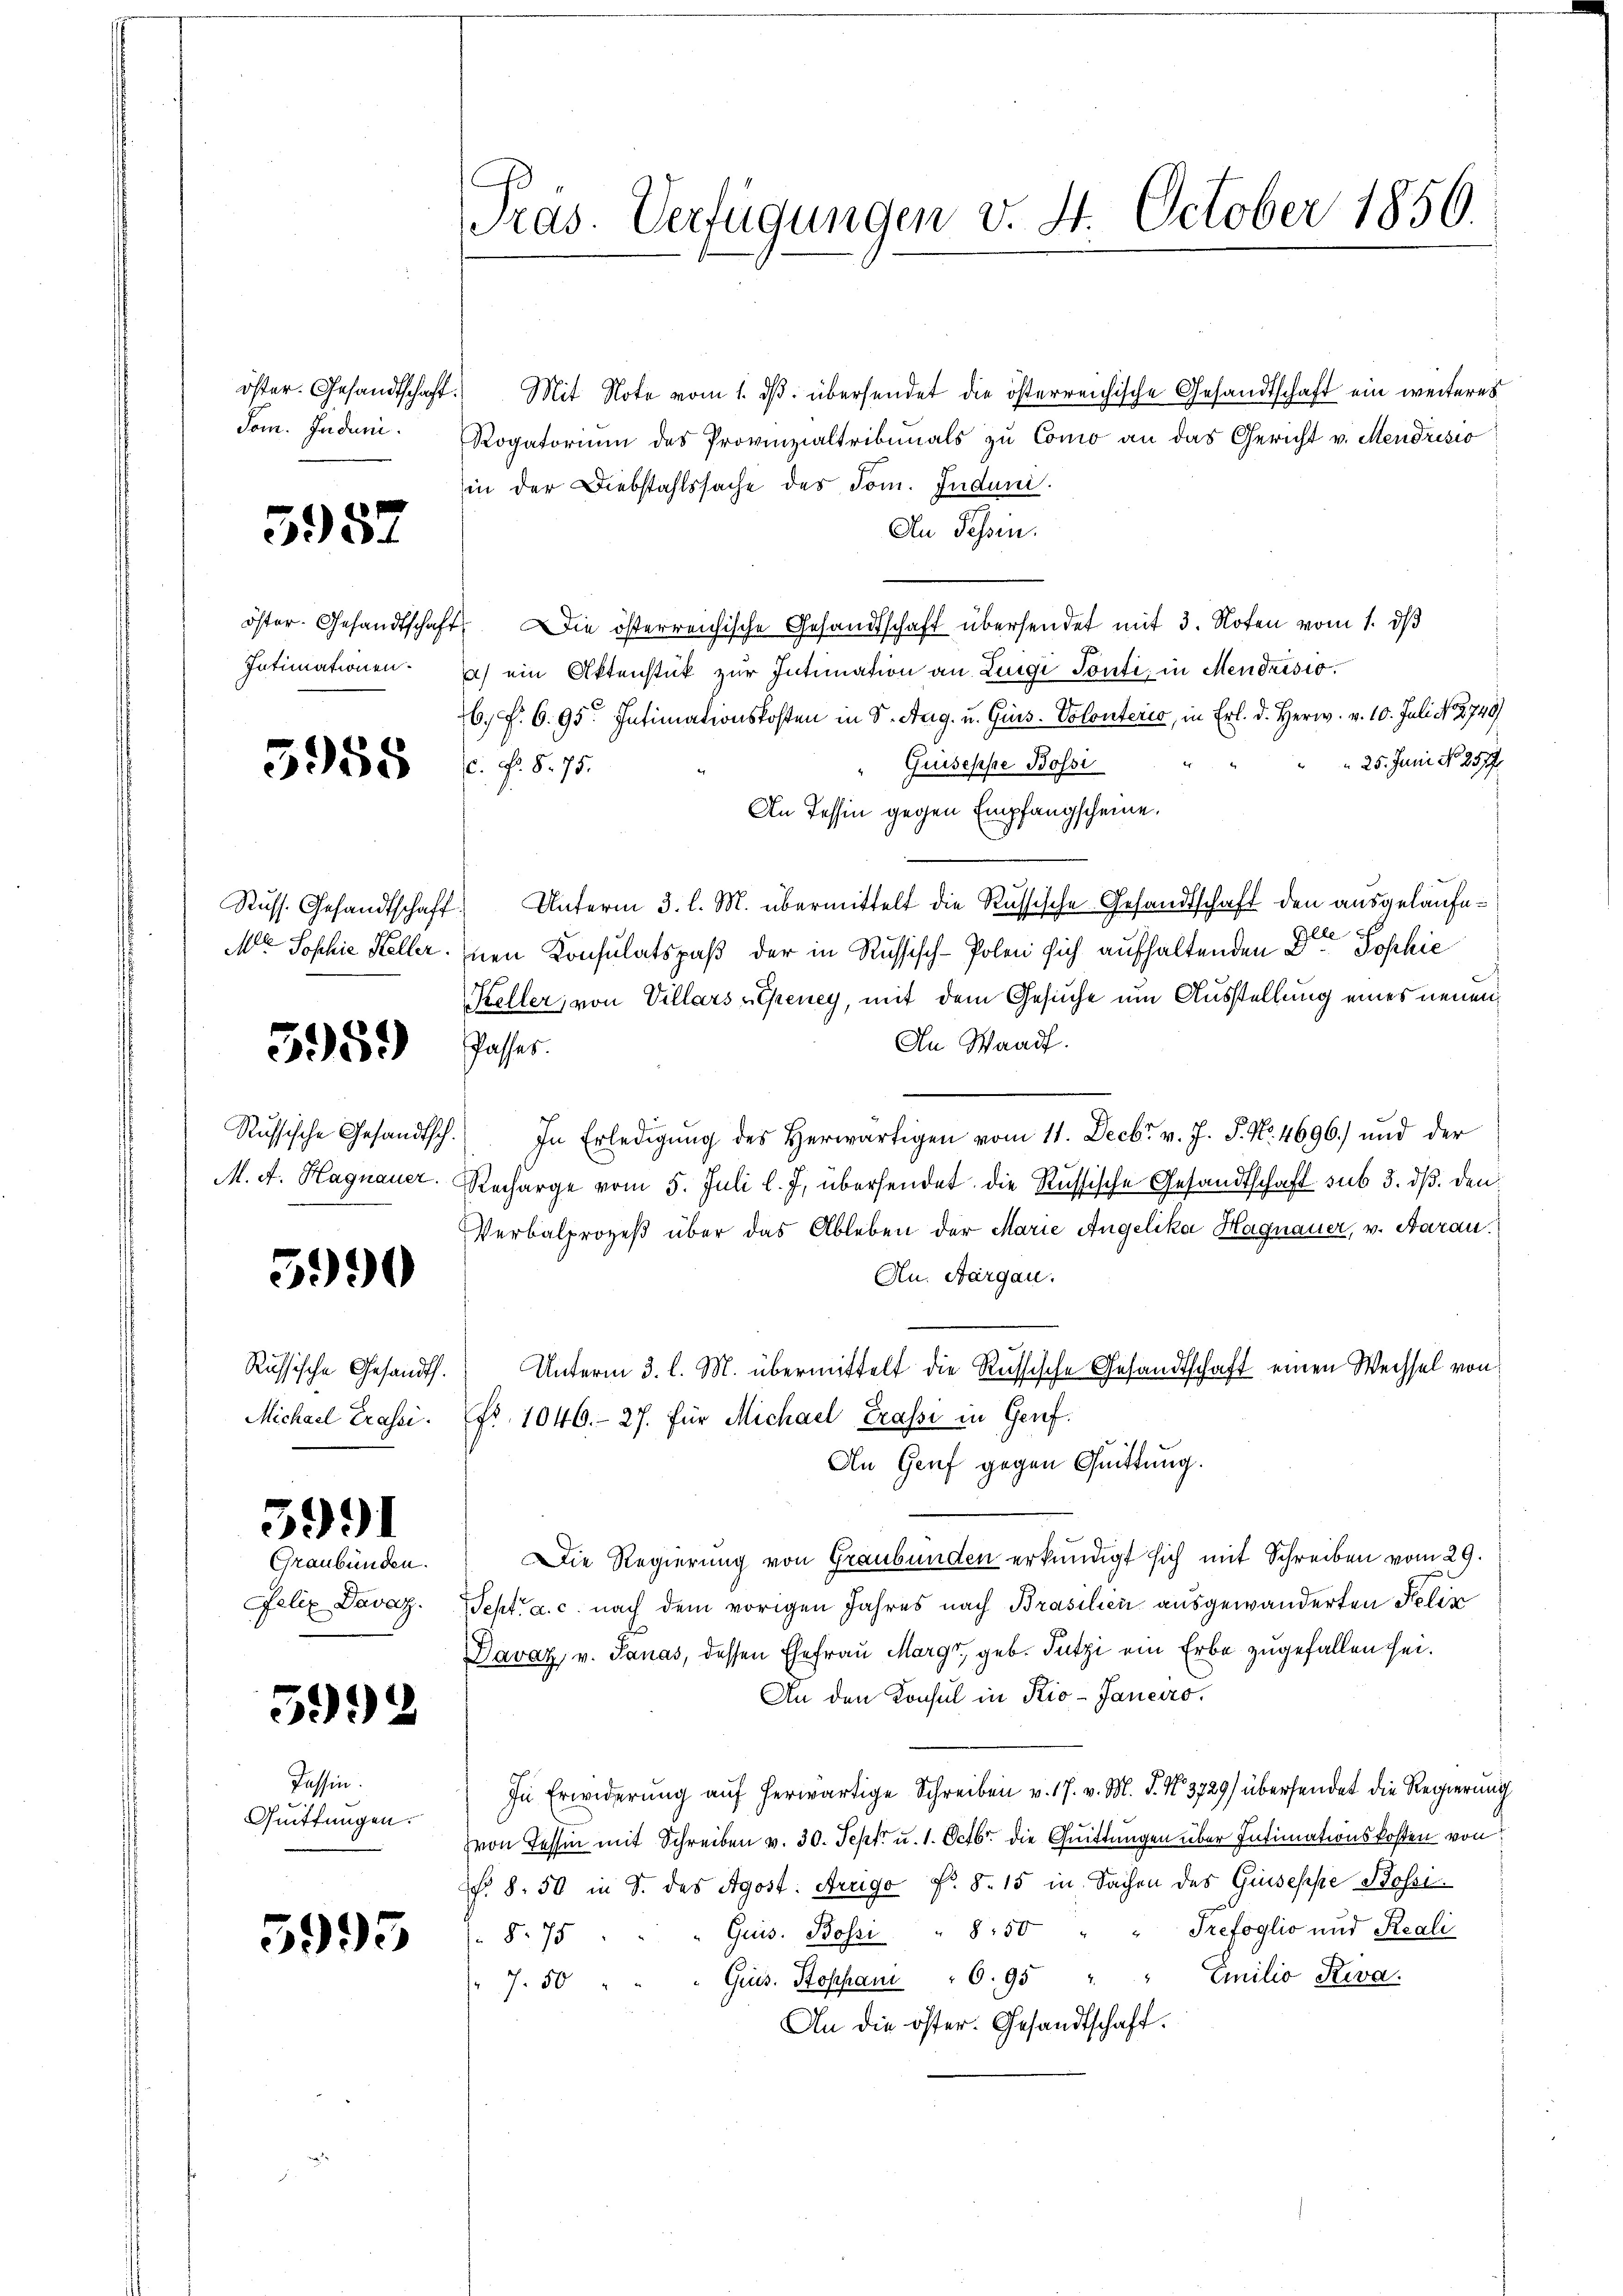
öster. Gesandtschaft.
Som. Indun

5957

öster. Gesandtschaft
Intimationen.

3958

Russ. Gesandtschaft
MC Sophie Keller.

5959)

Russische Gesandtsch.
M. A. Hagnauer.

5990

Russische Gesandth.
Michael Trassi.

3991

Graubünden.
Felix Davaz.

5992

Lassen.
Quittungen.

5995

Pras. Verfügungen v. 4. October 1856.

Mit Note vom 1. ds. übersendet die österreichische Gesandtschaft ein weiteres
Rogatorium des Provinzialtribunals zu Como an das Gericht v. Mendrisio
in der Diebstahlssache des Tom. Induni.
An Tessin.
 Die österreichische Gesandtschaft übersendet mit 3. Noten vom 1. ds
) ein Aktenstück zur Intimation an Luigi Ponti, in Mendrisio
6. f. 6. 95. Intimationskosten in S. Aug. u. Guss. Volontério, in Erl. d. Herw. v. 10. Juli N. 2740)
 25. Juni No 257.
Quiseppe Bossi
. Nr. 8. 75.
An Tessin gegen Empfangscheine.
Unterm 3. l. M. übermittelt die Russische Gesandtschaft den ausgelaufee
inen Konsulatspaß der in Russisch-Polen sich aufhaltenden D. Jophie
Keller, von Villarsucheney, mit dem Gesuche um Ausstellung eines neuen
An Waadt.
Passes.
In Erledigŭng des Herwärtigen vom 11. Decbr. v. J. J. No. 4696) und der
Recharge vom 5. Juli l. J. übersendet. Die Russische Gesandtschaft sub 3. ds. den
Verbalprozeß über das Ableben der Marie Angelika Hagnauer, v. Aarau
Au. Aargau.
Unterm 3. l. M. übermittelt die Russische Gesandtschaft einen Wechsel von
fr. 1046.- 27. für Michael Trasse in Genf.
An Genf gegen Quittung.
Die Regierung von Graubünden erkundigt sich mit Schreiben vom 29.
ept. a. c. nach dem vorigen Jahres nach Brasilien ausgewanderten Felix
Davaz, v. Sanas, dessen Ehefrau Margr, geb. Sutzi ein Erbe zugefallen sei.
An den Konsul in Kio-Janeiro
In Erwiderung auf herwärtige Schreiben v. 17. v. M. P. Nr. 3729) übersendet die Regierung
von Tessin mit Schreiben v. 30. Sept. u. 1. Octbr. die Quittungen über Intimationskosten von
. 8. 50 in S. des Agost. Arago No. 8. 15 in Sachen des Giuseppe Bossi¬
"Guis. Bossi " 8.50 " " Trefoglio und Reali
 875
"Gruss. Stopham 6. 95 " " Emilio Keva.
7.50
An die öster. Gesandtschaft.